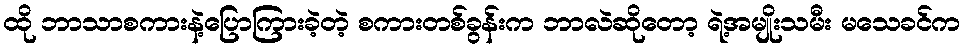
ထို ဘာသာစကားနဲ့ပြောကြားခဲ့တဲ့ စကားတစ်ခွန်းက ဘာလဲဆိုတော့ ရဲ့အမျိုးသမီး မသေခင်က